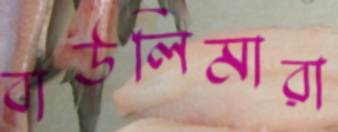
বাউলিমারা